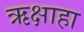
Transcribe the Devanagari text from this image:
ऋक्षाहा